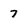
Character: 7